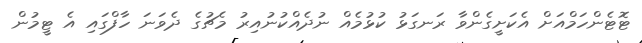
ޓޮޓެންހަމްއަށް އެކަށީގެންވާ ރަނގަޅު ކުޅުމެއް ނުދެއްކުނުއިރު މެޗުގެ ދެވަނަ ހާފްގައި އެ ޓީމުން